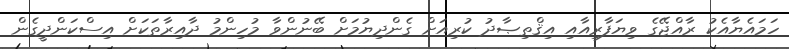
ހަމައެޔާއެކު ރާއްޖޭގެ ވިޔަފާރިއާއި އިޤްތިޞާދު ކުރިއަށް ގެންދިޔުމަށް ބޭނުންވާ މުހިންމު ދާއިރާތަކަށް އިސްކަންދީގެން